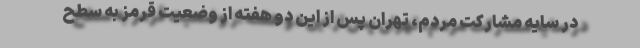
در سایه مشارکت مردم، تهران پس از این دو هفته از وضعیت قرمز به سطح